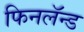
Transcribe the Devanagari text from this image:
फिनलॅन्ड